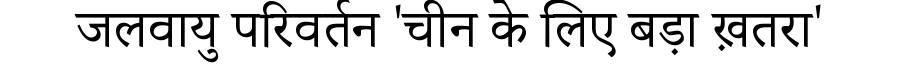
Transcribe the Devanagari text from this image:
जलवायु परिवर्तन 'चीन के लिए बड़ा ख़तरा'